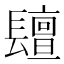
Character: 𨲵